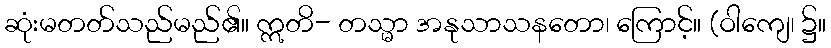
ဆုံးမတတ်သည်မည်၏။ ဣတိ- တသ္မာ အနုသာသနတော၊ ကြောင့်။ (ဝါကျေ၊ ၌။